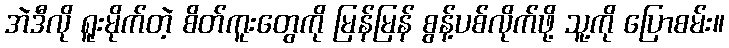
အဲဒီလို ရူးမိုက်တဲ့ စိတ်ကူးတွေကို မြန်မြန် စွန့်ပစ်လိုက်ဖို့ သူ့ကို ပြောစမ်း။